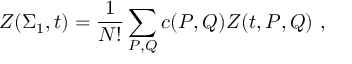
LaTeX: Z ( \Sigma _ { 1 } , t ) = { \frac { 1 } { N ! } } \sum _ { P , Q } c ( P , Q ) Z ( t , P , Q ) ~ ,